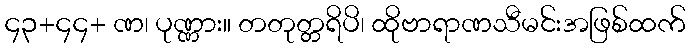
၄၃+၄၄+ ဏ၊ ပုဏ္ဏား။ တတုတ္တရိပိ၊ ထိုဗာရာဏသီမင်းအဖြစ်ထက်